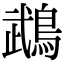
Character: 鵡